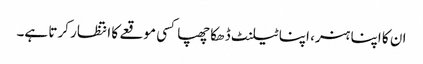
ان کا اپنا ہنر، اپنا ٹیلنٹ ڈھکا چھپا کسی موقعے کا انتظار کرتا ہے۔